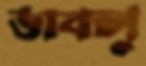
ডাবলু